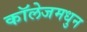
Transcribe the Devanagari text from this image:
कॉलेजमधुन